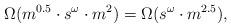
LaTeX: \begin{align*}\Omega(m^{0.5} \cdot s^{\omega} \cdot m^2) = \Omega(s^{\omega} \cdot m^{2.5}),\end{align*}